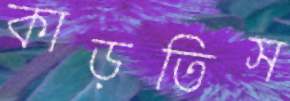
কাড়তিস